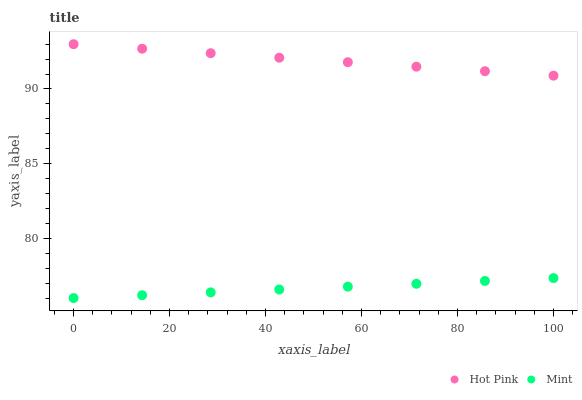
| xaxis_label | Hot Pink | Mint |
 | --- | --- | --- |
 | 0 | 93 | 76 |
 | 14.3 | 92.7 | 76.2 |
 | 28.6 | 92.4 | 76.4 |
 | 42.9 | 92.1 | 76.6 |
 | 57.1 | 91.8 | 76.8 |
 | 71.4 | 91.5 | 77 |
 | 85.7 | 91.2 | 77.1 |
 | 100 | 90.9 | 77.3 |